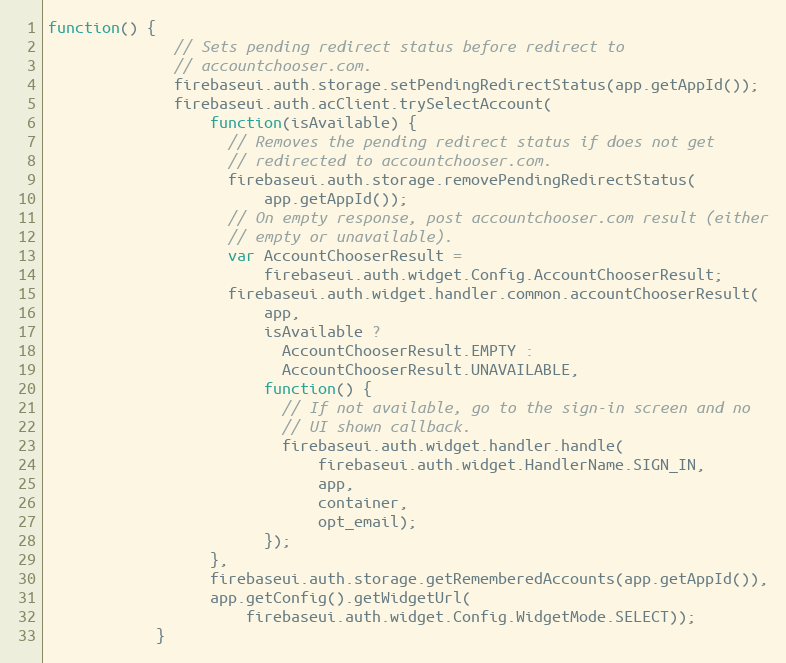
Language: JavaScript
function() {
              // Sets pending redirect status before redirect to
              // accountchooser.com.
              firebaseui.auth.storage.setPendingRedirectStatus(app.getAppId());
              firebaseui.auth.acClient.trySelectAccount(
                  function(isAvailable) {
                    // Removes the pending redirect status if does not get
                    // redirected to accountchooser.com.
                    firebaseui.auth.storage.removePendingRedirectStatus(
                        app.getAppId());
                    // On empty response, post accountchooser.com result (either
                    // empty or unavailable).
                    var AccountChooserResult =
                        firebaseui.auth.widget.Config.AccountChooserResult;
                    firebaseui.auth.widget.handler.common.accountChooserResult(
                        app,
                        isAvailable ?
                          AccountChooserResult.EMPTY :
                          AccountChooserResult.UNAVAILABLE,
                        function() {
                          // If not available, go to the sign-in screen and no
                          // UI shown callback.
                          firebaseui.auth.widget.handler.handle(
                              firebaseui.auth.widget.HandlerName.SIGN_IN,
                              app,
                              container,
                              opt_email);
                        });
                  },
                  firebaseui.auth.storage.getRememberedAccounts(app.getAppId()),
                  app.getConfig().getWidgetUrl(
                      firebaseui.auth.widget.Config.WidgetMode.SELECT));
            }